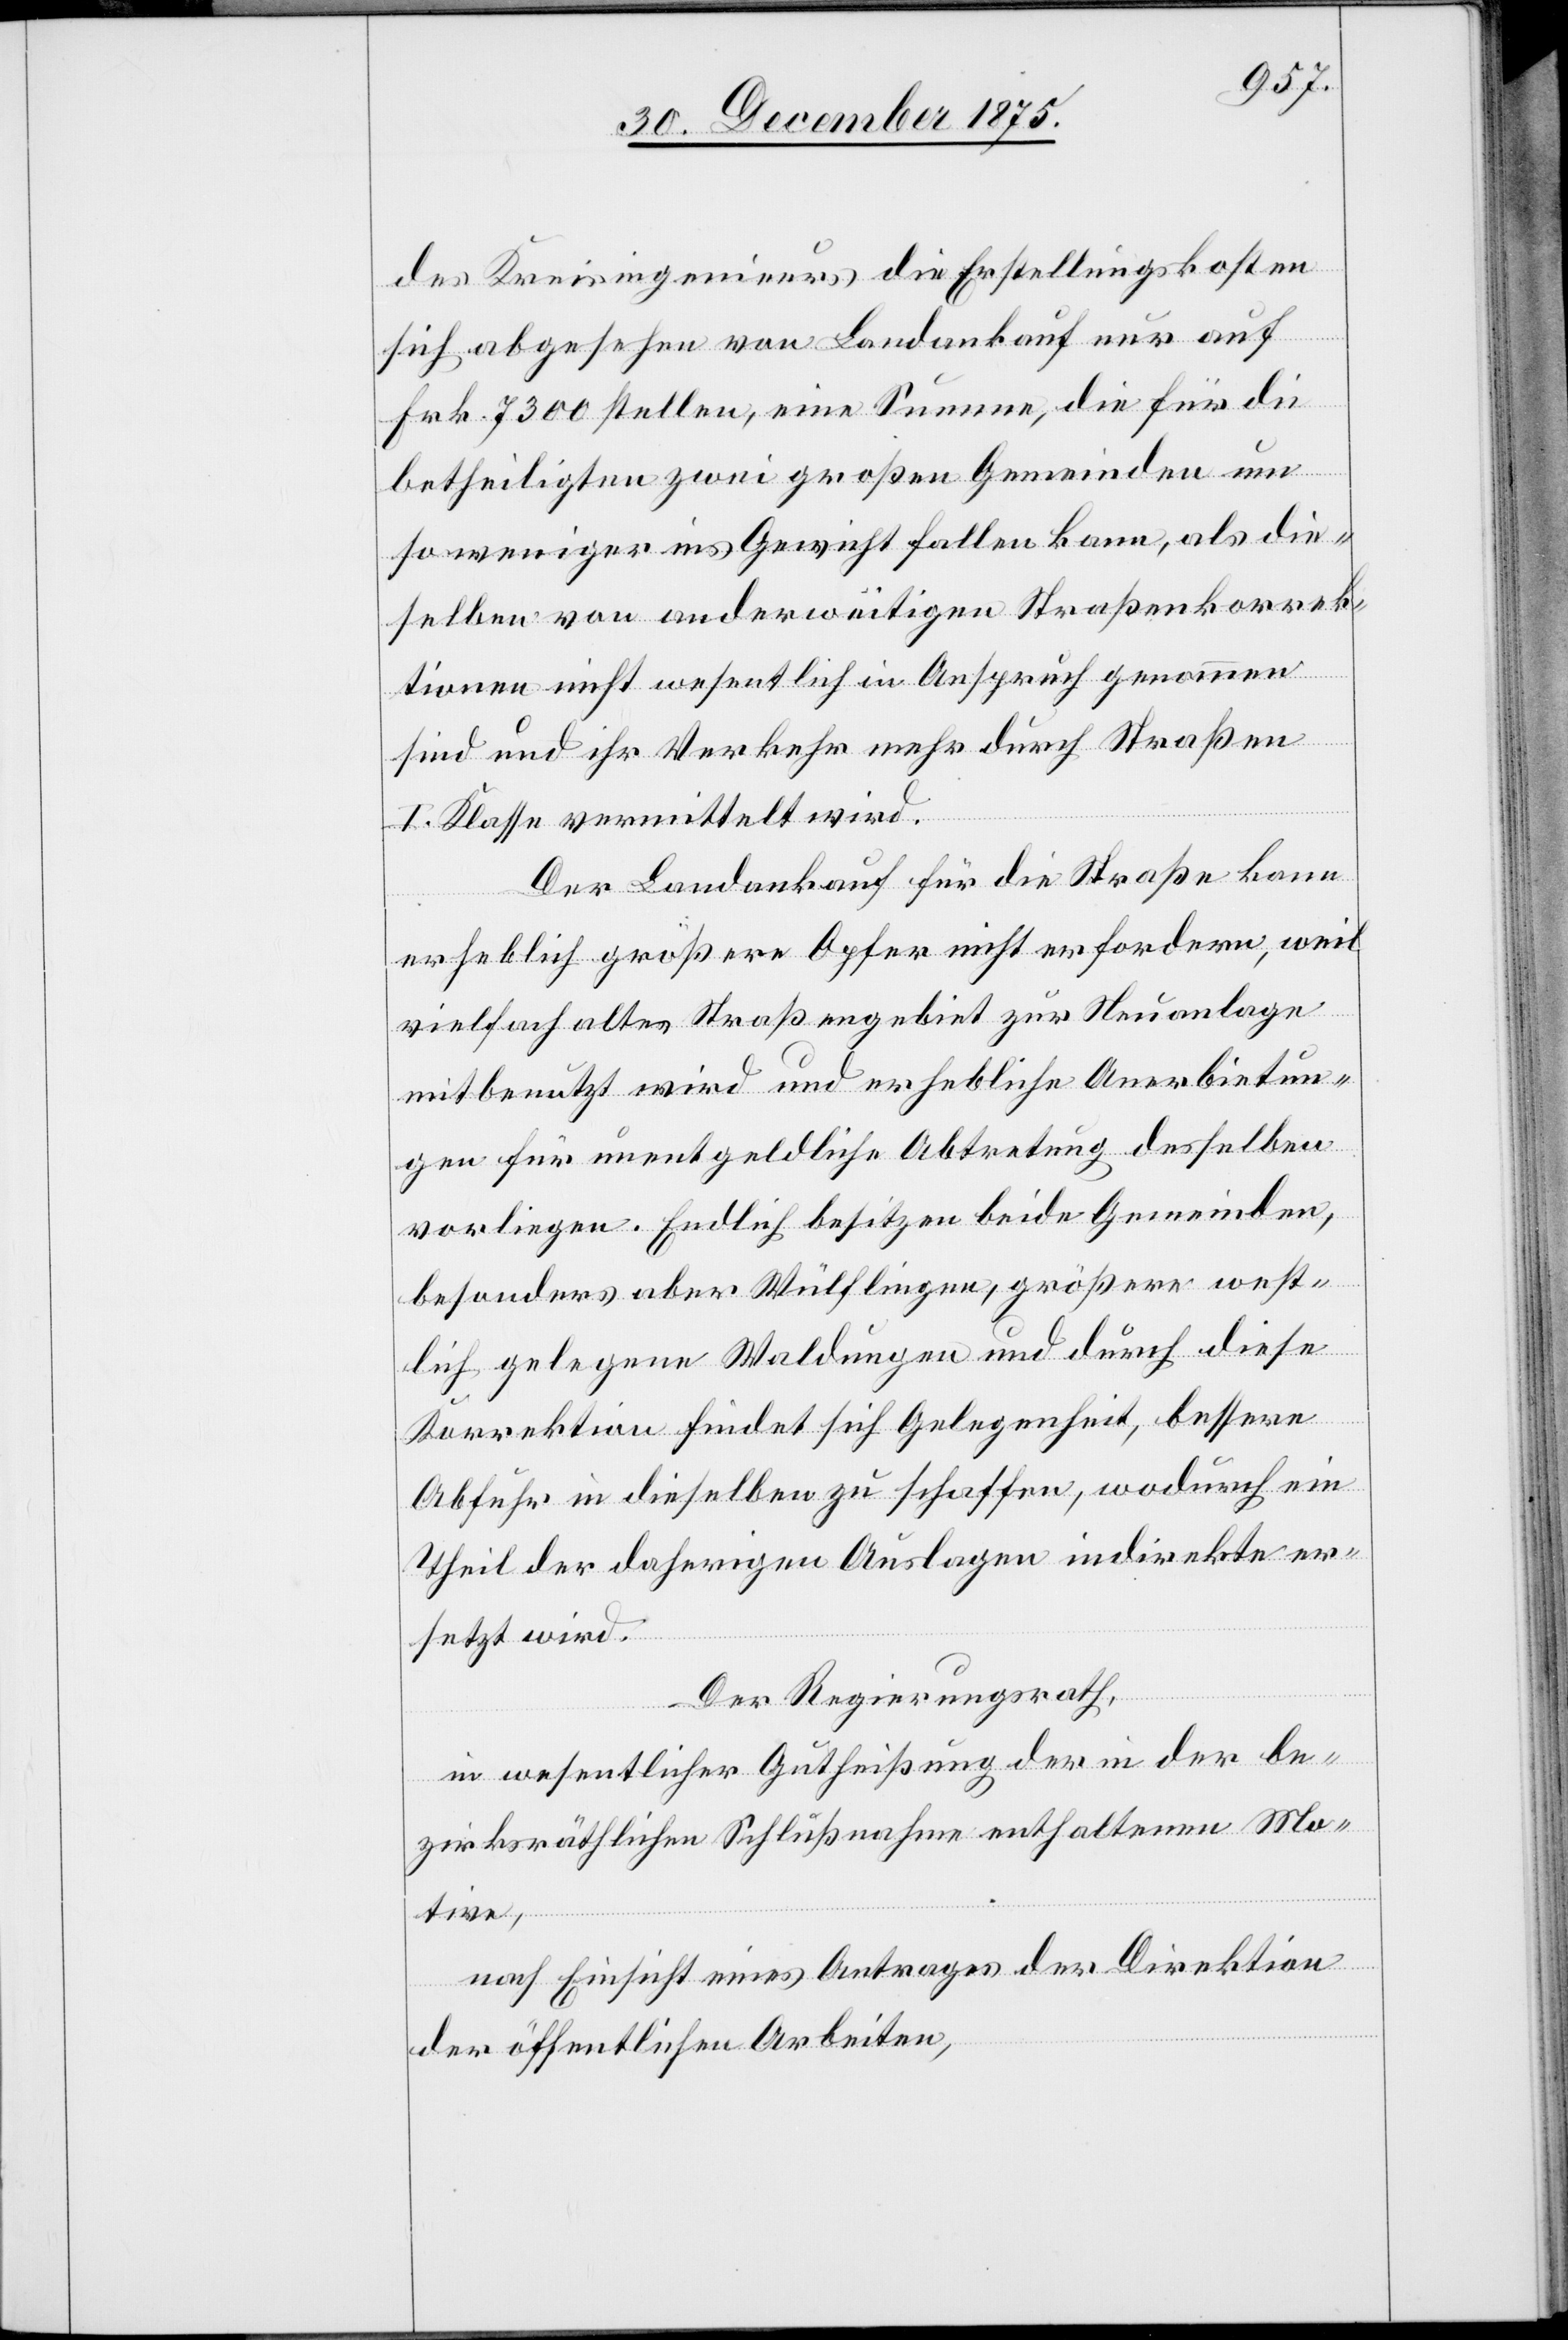
des Kreisingenieurs die Erstellungskosten
sich abgesehen von Landankauf nur auf
Frk. 7300 stellen, eine Summe, die für die
betheiligten zwei großen Gemeinden um
so weniger ins Geweicht fallen kann, als die¬
selben von anderweitigen Straßenkorrek¬
tionen nicht wesentlich in Anspruch genommen
sind und ihr Verkehr mehr durch Straßen
I. Klasse vermittelt wird.
Der Landankauf für die Straße kann
erheblich größere Opfer nicht erfordern, weil
vielfach altes Straßengebiet zur Neuanlage
mitbenutzt wird und erhebliche Anerbietun¬
gen für unentgeldliche Abtretung desselben
vorliegen. Endlich besitzen beide Gemeinden,
besonders aber Wülflingen, größere west¬
lich gelegene Waldungen und durch diese
Korrektion findet sich Gelegenheit, bessere
Abfuhr in dieselben zu schaffen, wodurch ein
Theil der daherigen Auslagen indirekte er¬
setzt wird.
Der Regierungsrath,
in wesentlicher Gutheißung der in der be¬
zirksräthlichen Schlußnahme enthaltenen Mo¬
tive,
nach Einsicht eines Antrages der Direktion
der öffentlichen Arbeiten,